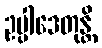
ဥပ္ပါဒေတုန္တိ